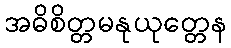
အဓိစိတ္တမနုယုတ္တေန